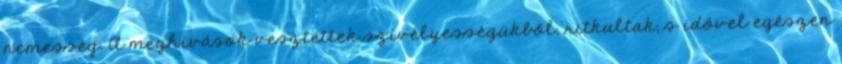
nemesség. A meghívások vesztettek szívélyességükből, ritkultak, s idővel egészen